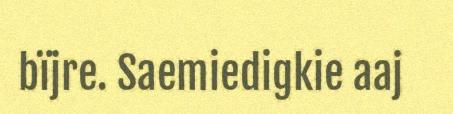
bïjre. Saemiedigkie aaj